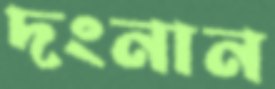
দংনান